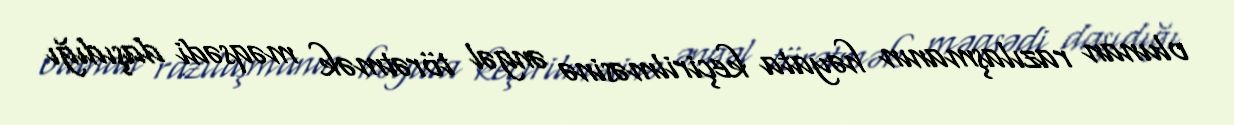
olunan razılaşmanın həyata keçirilməsinə əngəl törətmək məqsədi daşıdığı